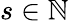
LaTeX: s\in\mathbb{N}